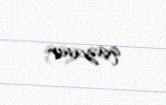
qazanır.